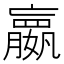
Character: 𫲓